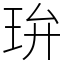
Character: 㺹